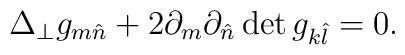
\Delta_\perp g_{m\hat{n}}+2\partial_m\partial_{\hat{n}}\det g_{k\hat{l}}=0.